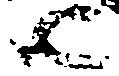
由